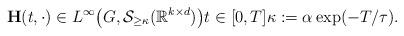
LaTeX: \begin{align*}\mathbf{H}(t, \cdot) \in L^{\infty}\big(G, \mathcal{S}_{\geq \kappa}(\mathbb{R}^{k \times d})\big) t \in [0, T] \kappa := \alpha \exp(-T/\tau). \end{align*}